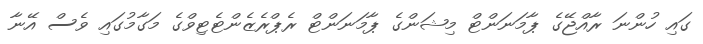
ގައި ހުންނަ ރާއްޖޭގެ ޕާމަނަންޓް މިޝަންގެ ޕާމަނަންޓް ރެޕްރެޒެންޓެޓިވްގެ މަގާމުގައި ވެސް އޭނާ